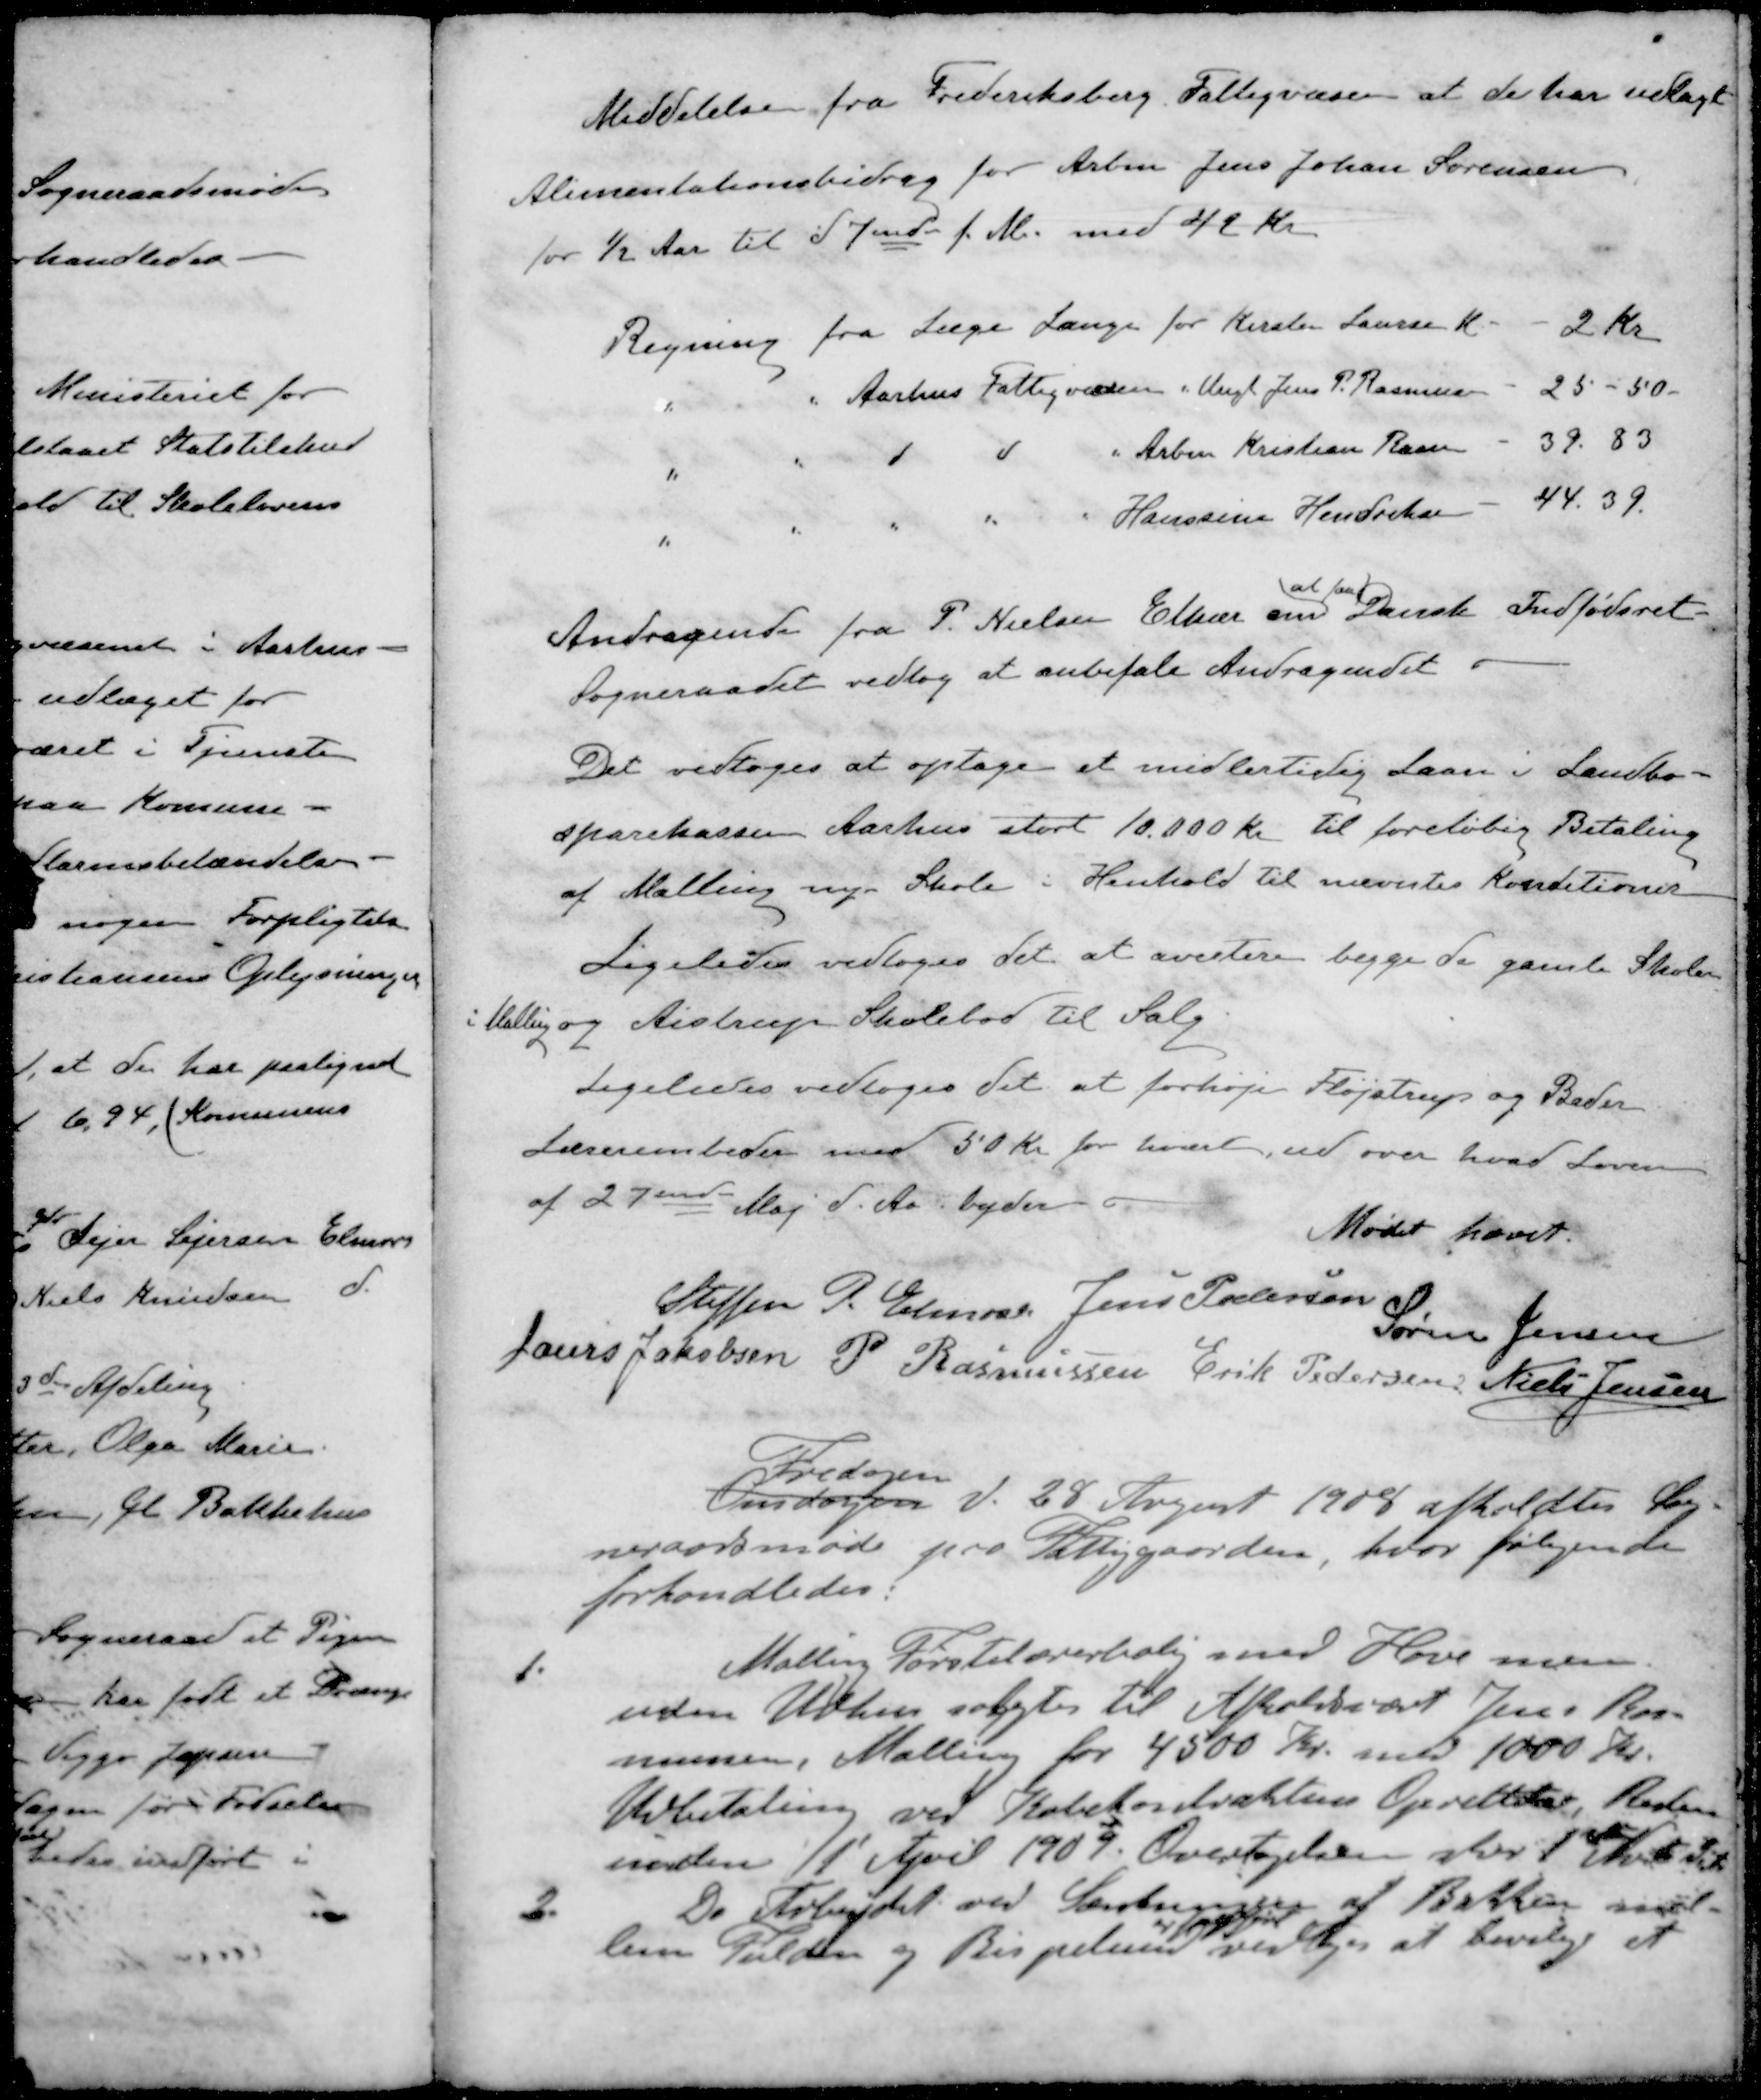
Transskription:
Meddelelse fra Frederiksberg Fattigvæsen at de har udlagt
Alimentationsbidrag for Arbm Jens Johan Sørensen
for ½ Aar til d 7ende f. M. med 42 Kr
Regning fra Læge Lange for Kirsten Laursen K
2 kr
" " Aarhus Fattigvæsen " Ung Jens P. Rasmussen
25 - 50 -
" " d d " Arbm Kristian Rasmussen 
39.83
" " " " " Hanssine Hendriksen
44.39.
at faa
Andragende fra P. Nielsen Elkær om Dansk Indfødsret
Sogneraadet vedtog at anbefale Andragendet
Det vedtoges at optage et midlertidig Laan i Landbo-
sparekassen Aarhus stort 10.000 Kr. til foreløbig Betaling
af Malling nye Skole i Henhold til nævntes Konditioner
Ligeledes vedtoges det at avertere begge de gamle Skoler
i Malling og Aistrups Skolebod til Salg
Ligeledes vedtoges Til at forhøje Fløjstrup og Beder
Lærerembeder med 50 Kr for hvert, ud over hvad Loven
af 27ende Maj d. Aa byder
Mødet hævet.
Steffen P. Elmose
Jens Pedersen
Søren Jensen
Laurs Jakobsen
P. Rasmussen
Erik Pedersen
Niels Jensen
Fredagen
Onsdagen d. 28 August 1908 afholdtes Sog-
neraadsmøde paa Fattiggaarden, hvor følgende
forhandledes:
1. Malling Førstelærerbolig med Have men
uden Udhus solgtes til Afholdsvært Jens Ras-
mussen, Malling for 4500 Kr. med 1000 Kr.
Udbetaling ved Købekontraktens Oprettelse, Resten
inden 11 April 1909. Overtagelsen sker 1st  d A
2. Da Arbejdet ved Sænkningen af Bakken mel-
lem Fulden og Bispelund vedtoges at bevilge et